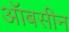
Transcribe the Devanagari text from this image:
ऑबसीन